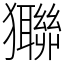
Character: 㺦